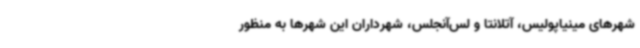
شهرهای مینیاپولیس، آتلانتا و لس‌آنجلس، شهرداران این شهرها به منظور